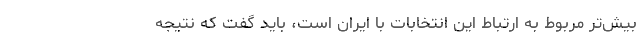
بيش‌تر مربوط به ارتباط این انتخابات با ايران است، بايد گفت كه نتيجه